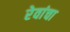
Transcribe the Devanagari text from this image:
रेवांचा